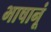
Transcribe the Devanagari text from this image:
भाषानूं